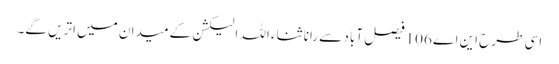
اسی طرح این اے 106 فیصل آباد سے رانا ثناء اللہ الیکشن کے میدان میں اتریں گے۔